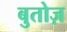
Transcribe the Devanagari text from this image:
बुतोज़